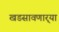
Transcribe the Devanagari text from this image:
खडसावणार्‍या